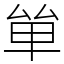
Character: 𠫹